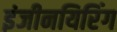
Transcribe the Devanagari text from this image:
इंजीनयिरिंग